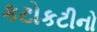
કટોકટીનો